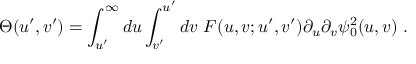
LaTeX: \Theta ( u ^ { \prime } , v ^ { \prime } ) = \int _ { u ^ { \prime } } ^ { \infty } d u \int _ { v ^ { \prime } } ^ { u ^ { \prime } } d v ~ F ( u , v ; u ^ { \prime } , v ^ { \prime } ) \partial _ { u } \partial _ { v } \psi _ { 0 } ^ { 2 } ( u , v ) \ .